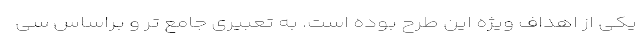
یکی از اهداف ویژه این طرح بوده است. به تعبیری جامع تر و براساس سی